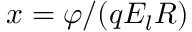
x = \varphi / ( q E _ { l } R )